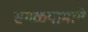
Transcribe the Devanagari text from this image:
सगळ्यामागे